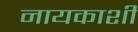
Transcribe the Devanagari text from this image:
नायकाशी